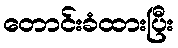
တောင်းခံထားပြီး